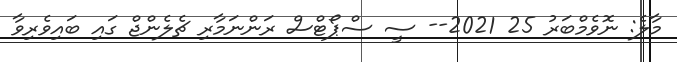
މާލެ: ނޮވެމްބަރު 25 2021-- ސީ ސްޕޯޓްސް ރަންނަމާރި ޗެލެންޖް ގައި ބައިވެރިވާ